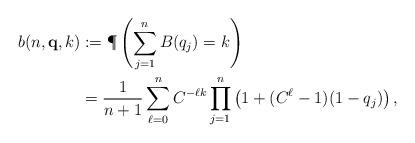
LaTeX: \begin{align*}b(n,{\bf q},k) & := \P\left( \sum_{j=1}^n B(q_j) = k\right) \\ & = \frac{1}{n+1}\sum_{\ell = 0}^n C^{-\ell k}\prod_{j=1}^n \left(1+(C^\ell-1)(1-q_j)\right), \end{align*}